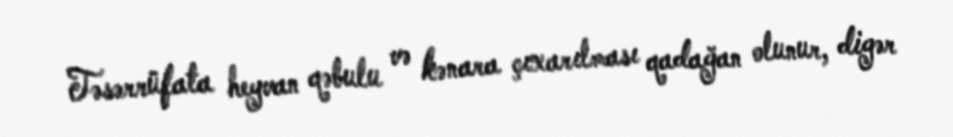
Təsərrüfata heyvan qəbulu və kənara çıxarılması qadağan olunur, digər